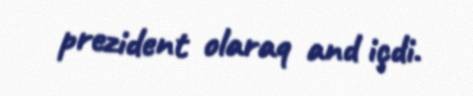
prezident olaraq and içdi.